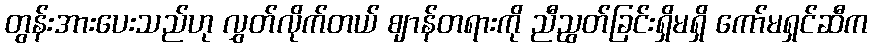
တွန်းအားပေးသည်ဟု လွှတ်လိုက်တယ် ဈာန်တရားကို ညီညွတ်ခြင်းရှိမရှိ ကော်မရှင်ဆီက